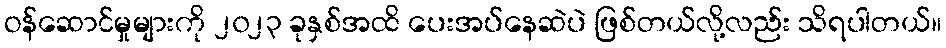
ဝန်ဆောင်မှုများကို ၂၀၂၃ ခုနှစ်အထိ ပေးအပ်နေဆဲပဲ ဖြစ်တယ်လို့လည်း သိရပါတယ်။